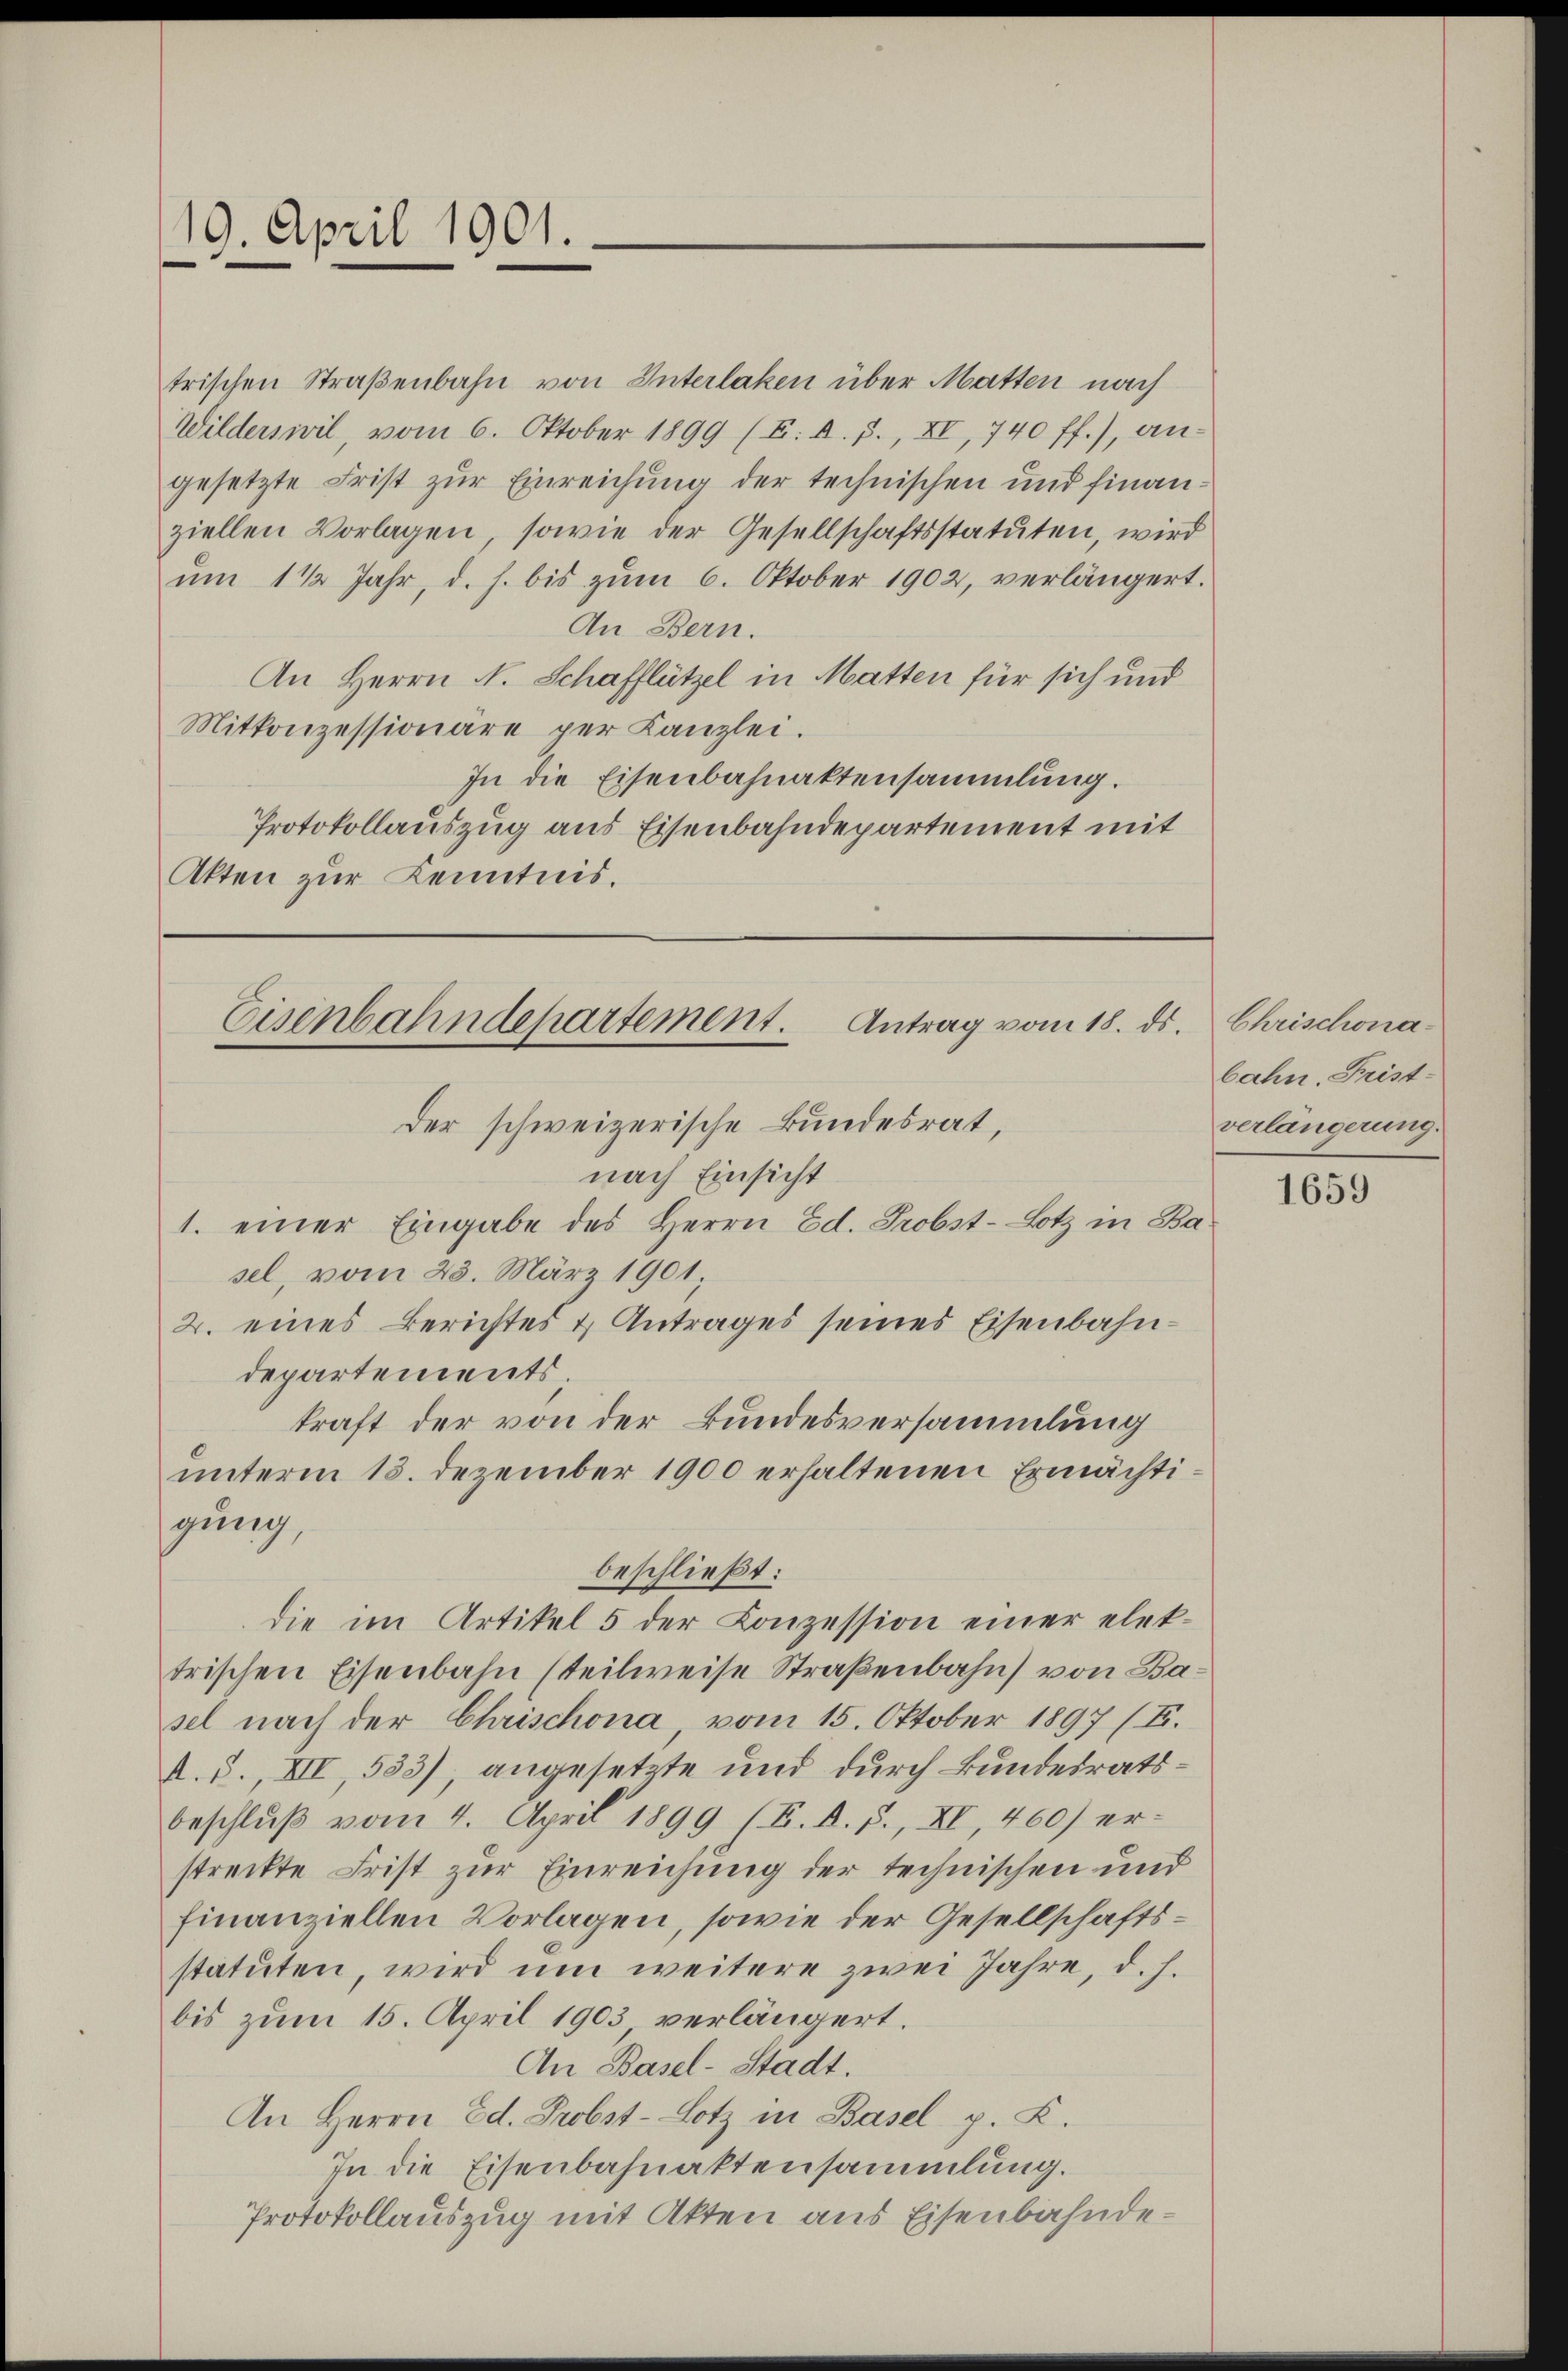
19. April 1901.

trischen Straßenbahn von Interlaken über Matten nach
Wilderswil vom 6. Oktober 1899 (E. d. J., XI, 740 ff.), angesetzte Frist zur Einreichung der technischen und finanziellen Vorlagen, sowie der Gesellschaftsstatuten, wird
ŭm 1 1/2 Jahr, d. h. bis zŭm 6. Oktober 1902, verlängert.
An Bern.
An Herrn N. Schafflützel in Matten für sich und
Mitkonzessionäre per Kanzlei.
In die Eisenbahnaktensammlung.
Protokollauszug aus Eisenbahndepartement mit
Akten zur Kenntnis.

Eisenbahndepartement. Antrag vom 18. ds.
der schweizerische Bundesrat,
nach Einsicht
1. einer Eingabe des Herrn Ed. Probst-Lotz in Basel, vom 23. März 1901,

2. eines Berichtes & Antrages seines Eisenbahndepartements.
kraft der von der Bundesversammlung
unterm 13. Dezember 1900 erhaltenen Ermächtigung,
trischen Eisenbahn (teilweise Straßenbahn von Basel nach der Chrischona, vom 15. Oktober 1897 (I.
A. S., XII, 583), angesetzte und durch Bundesratsbeschlŭβ vom 4. April 1899 (B. d. J., XI, 460) er-
streckte Frist zur Einreichung der technischen und
finanziellen Vorlagen, sowie der Gesellschaftsstatuten, wird um weitere zwei Jahre, d. h.
bis zum 15. April 1903 verlängert.
An Basel-Stadt.
An Herrn Ed. Probst-Lotz in Basel p. L.
In die Eisenbahnaktensammlung.
Protokollauszug mit Akten aus Eisenbahnde¬

beschließt:
die im Artikel 5 der Conzession einer elek¬

Chrischona.
bahn. Frist-
verlängerung.

1659